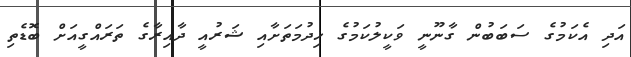
އަދި އެކަމުގެ ސަބަބުން ގާނޫނީ ވަކީލުކަމުގެ ޚިދުމަތަށާއި ޝަރުއީ ދާއިރާގެ ތަރައްގީއަށް ބޮޑެތި